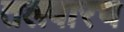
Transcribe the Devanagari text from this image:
तलवारच